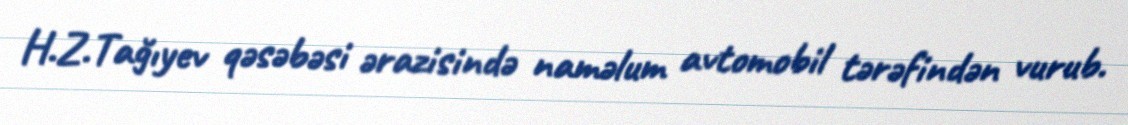
H.Z.Tağıyev qəsəbəsi ərazisində naməlum avtomobil tərəfindən vurub.